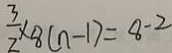
\frac { 3 } { 2 } \times 8 ( n - 1 ) = 8 - 2